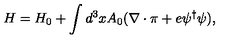
H = H _ { 0 } + \int d ^ { 3 } x A _ { 0 } ( \nabla \cdot \mathrm { \boldmath \pi } + e \psi ^ { \dagger } \psi ) ,